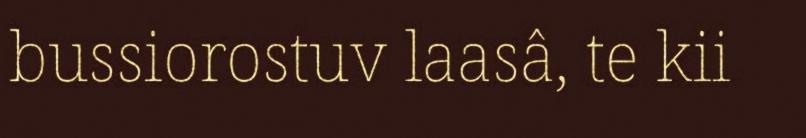
bussiorostuv laasâ, te kii